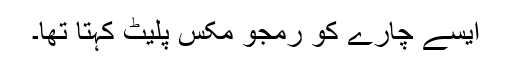
ایسے چارے کو رمجو مکس پلیٹ کہتا تھا۔